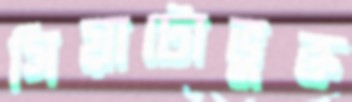
সিয়াটোভুক্ত